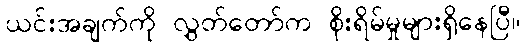
ယင်းအချက်ကို လွှတ်တော်က စိုးရိမ်မှုများရှိနေပြီ။